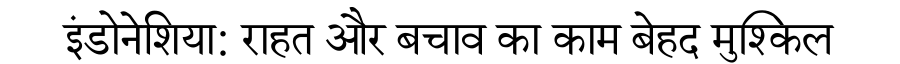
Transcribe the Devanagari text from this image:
इंडोनेशिया: राहत और बचाव का काम बेहद मुश्किल